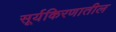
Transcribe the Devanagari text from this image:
सूर्यकिरणातील